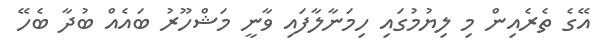
އޭގެ ތެރެއިން މި ލިޔުމުގައި ހިމަނާލާފައި ވާނީ މަޝްހޫރު ބައެއް ބުދާ ބެހޭ